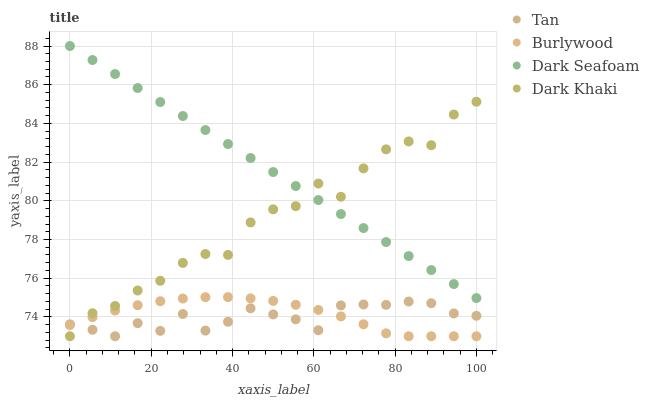
| xaxis_label | Tan | Burlywood | Dark Seafoam | Dark Khaki |
 | --- | --- | --- | --- | --- |
 | 0 | 73.6 | 73.6 | 88 | 73 |
 | 5.56 | 73.3 | 74 | 87.3 | 74.2 |
 | 11.1 | 73 | 74.3 | 86.6 | 74.6 |
 | 16.7 | 73.7 | 74.6 | 85.8 | 75.4 |
 | 22.2 | 73.3 | 74.8 | 85.1 | 75.9 |
 | 27.8 | 74.2 | 74.9 | 84.4 | 76.8 |
 | 33.3 | 73.3 | 75 | 83.7 | 77.2 |
 | 38.9 | 73.7 | 75 | 82.9 | 77.2 |
 | 44.4 | 74.4 | 75 | 82.2 | 78.9 |
 | 50 | 74.1 | 74.8 | 81.5 | 79.6 |
 | 55.6 | 73.9 | 74.6 | 80.8 | 79.7 |
 | 61.1 | 73.3 | 74.4 | 80 | 80.9 |
 | 66.7 | 74.6 | 74 | 79.3 | 80.2 |
 | 72.2 | 74.6 | 73.6 | 78.6 | 81.7 |
 | 77.8 | 74.6 | 73.2 | 77.9 | 82.7 |
 | 83.3 | 74.8 | 73 | 77.1 | 83.1 |
 | 88.9 | 74.7 | 73 | 76.4 | 82.9 |
 | 94.4 | 74.2 | 73 | 75.7 | 84.5 |
 | 100 | 74.1 | 73 | 75 | 85.1 |